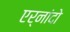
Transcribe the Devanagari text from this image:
एर्नांदो